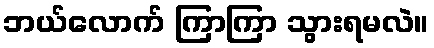
ဘယ်လောက် ကြာကြာ သွားရမလဲ။